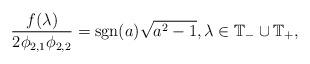
LaTeX: \begin{align*}\frac{f(\lambda )}{2\phi _{2,1}\phi _{2,2}}={\rm sgn}(a)\sqrt{a^2-1}, \lambda \in \mathbb{T}_-\cup \mathbb{T}_+,\end{align*}